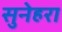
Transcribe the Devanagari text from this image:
सुनेहरा